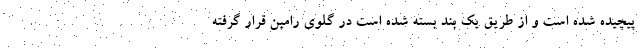
پیچیده شده است و از طریق یک بند بسته شده است در گلوی رامین قرار گرفته